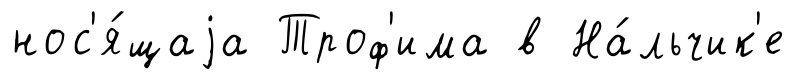
нос'я́щаjа Троф'има в На́льчик'е